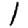
Digit: 1